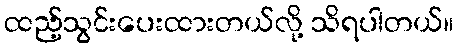
ထည့်သွင်းပေးထားတယ်လို့ သိရပါတယ်။